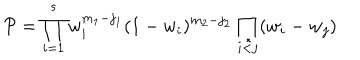
{ \cal P } = \prod _ { i = 1 } ^ { s } w _ { i } ^ { m _ { 1 } - j _ { 1 } } ( 1 - w _ { i } ) ^ { m _ { 2 } - j _ { 2 } } \prod _ { i < j } ( w _ { i } - w _ { j } )